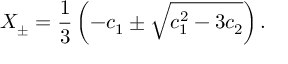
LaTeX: X _ { \pm } = \frac { 1 } { 3 } \left( - c _ { 1 } \pm \sqrt { c _ { 1 } ^ { 2 } - 3 c _ { 2 } } \right) .